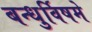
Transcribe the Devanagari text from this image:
बन्धुर्विषमे